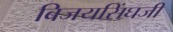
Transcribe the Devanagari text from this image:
बिजयसिंघजी